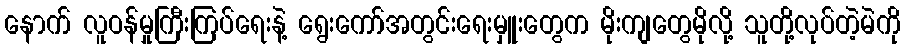
နောက် လူဝန်မှုကြီးကြပ်ရေးနဲ့ ရွေးကော်အတွင်းရေးမှူးတွေက မိုးကျတွေမိုလို့ သူတို့လုပ်တဲ့မဲကို